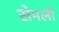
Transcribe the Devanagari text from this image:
सेमली